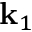
\mathbf { k } _ { 1 }